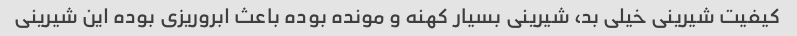
کیفیت شیرینی خیلی بد، شیرینی بسیار کهنه و مونده بوده باعث ابروریزی بوده این شیرینی